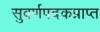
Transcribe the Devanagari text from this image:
सुवर्णपदकप्राप्त